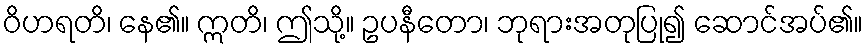
ဝိဟရတိ၊ နေ၏။ ဣတိ၊ ဤသို့။ ဥပနီတော၊ ဘုရားအတုပြု၍ ဆောင်အပ်၏။